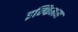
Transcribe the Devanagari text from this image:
इन्फिमम